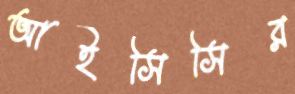
আইসিসির